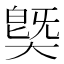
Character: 𱘻